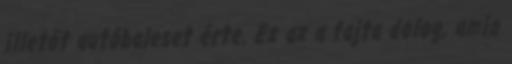
illetőt autóbaleset érte. Ez az a fajta dolog, amin